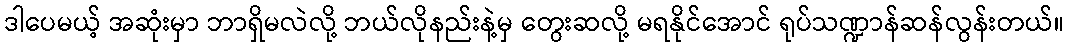
ဒါပေမယ့် အဆုံးမှာ ဘာရှိမလဲလို့ ဘယ်လိုနည်းနဲ့မှ တွေးဆလို့ မရနိုင်အောင် ရုပ်သဏ္ဍာန်ဆန်လွန်းတယ်။